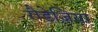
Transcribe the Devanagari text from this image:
रौडेज़िया